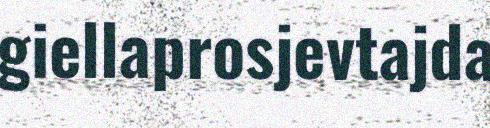
giellaprosjevtajda